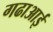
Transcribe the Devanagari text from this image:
गढाआई